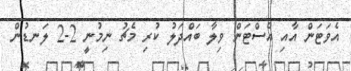
އެވަޓަން އާއި އެސްޓަން ވިލާ ބައްދަލު ކުރި މެޗު ނިމުނީ 2-2 ލަނޑުން